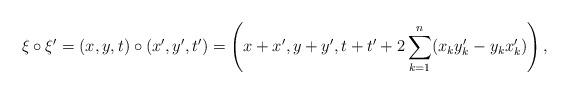
LaTeX: \begin{align*}\xi\circ \xi'=(x,y,t)\circ(x',y',t')=\left(x+x',y+y',t+t'+2\sum_{k=1}^n (x_k y'_k - y_k x'_k)\right),\end{align*}